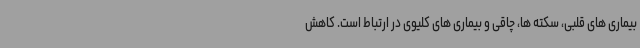
بیماری های قلبی، سکته ها، چاقی و بیماری های کلیوی در ارتباط است. کاهش